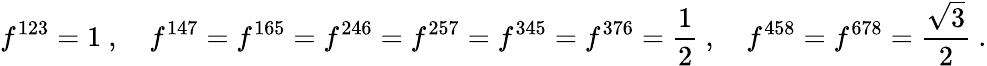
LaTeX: f^{123}=1\ ,\quad f^{147}=f^{165}=f^{246}=f^{257}=f^{345}=f^{376}={\frac{1}{2}}\ ,\quad f^{458}=f^{678}={\frac{\sqrt{3}}{2}}\ .